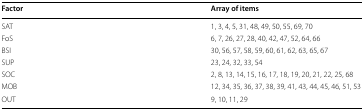
<table><thead><tr><td><b>Factor</b></td><td><b>Array of items</b></td></tr></thead><tbody><tr><td>SAT</td><td>1, 3, 4, 5, 31, 48, 49, 50, 55, 69, 70</td></tr><tr><td>FoS</td><td>6, 7, 26, 27, 28, 40, 42, 47, 52, 64, 66</td></tr><tr><td>BSI</td><td>30, 56, 57, 58, 59, 60, 61, 62, 63, 65, 67</td></tr><tr><td>SUP</td><td>23, 24, 32, 33, 54</td></tr><tr><td>SOC</td><td>2, 8, 13, 14, 15, 16, 17, 18, 19, 20, 21, 22, 25, 68</td></tr><tr><td>MOB</td><td>12, 34, 35, 36, 37, 38, 39, 41, 43, 44, 45, 46, 51, 53</td></tr><tr><td>OUT</td><td>9, 10, 11, 29</td></tr></tbody></table>